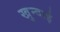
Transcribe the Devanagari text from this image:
खुन्दाई